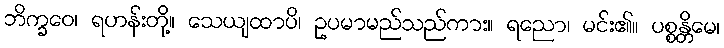
ဘိက္ခဝေ၊ ရဟန်းတို့။ သေယျထာပိ၊ ဥပမာမည်သည်ကား။ ရညော၊ မင်း၏။ ပစ္စန္တိမေ၊